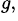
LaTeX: ^{g,}